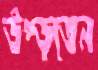
উপ্‌ড়তেন